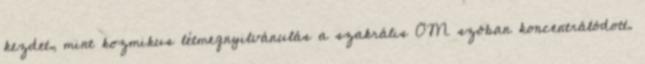
kezdet, mint kozmikus létmegnyilvánulás a szakrális OM szóban koncentrálódott.